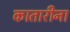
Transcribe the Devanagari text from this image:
कातारीना